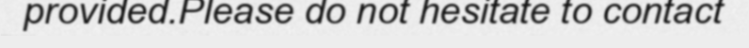
provided.Please do not hesitate to contact